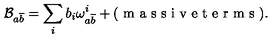
\mathcal { B } _ { a \overline { { b } } } = \sum _ { i } b _ { i } \omega _ { a \overline { { b } } } ^ { i } + ( \textrm { m a s s i v e t e r m s } ) .